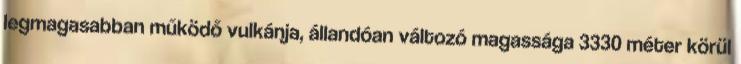
legmagasabban működő vulkánja, állandóan változó magassága 3330 méter körül